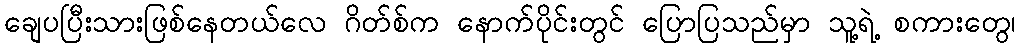
ချေပပြီးသားဖြစ်နေတယ်လေ ဂိတ်စ်က နောက်ပိုင်းတွင် ပြောပြသည်မှာ သူ့ရဲ့ စကားတွေ၊